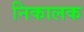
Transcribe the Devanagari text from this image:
निकालक